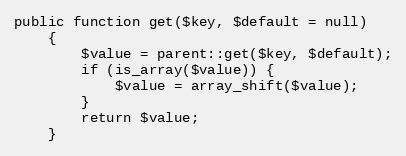
Language: PHP
public function get($key, $default = null)
    {
        $value = parent::get($key, $default);
        if (is_array($value)) {
            $value = array_shift($value);
        }
        return $value;
    }